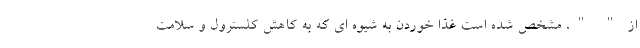
از " "، مشخص شده است غذا خوردن به شیوه ای که به کاهش کلسترول و سلامت